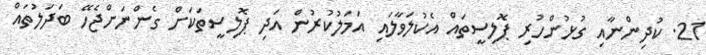
21. ކުދިންނާއި ގުޅުންހުރި ޕޮލިސީތައް އެކުލަވާލައި އަމަލުކުރުން އަދި ޕޮލިސީތަކަށް ގެންނަށްޖެހޭ ބަދަލުތައް